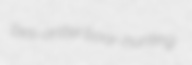
bes-antler boar-hunting